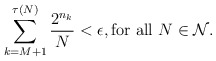
\begin{align*}\sum_{k=M+1}^{\tau(N)}\frac{2^{n_{k}}}{N}<\epsilon,\mbox{for all}\,\,N\in\mathcal{N}.\end{align*}